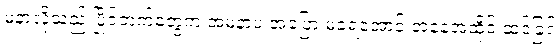
မနာလိုသည့် ပြိုင်ဘက်တွေက အမနာပ အပြော မခံရအောင် အနေအထိုင် ဆင်ခြင်